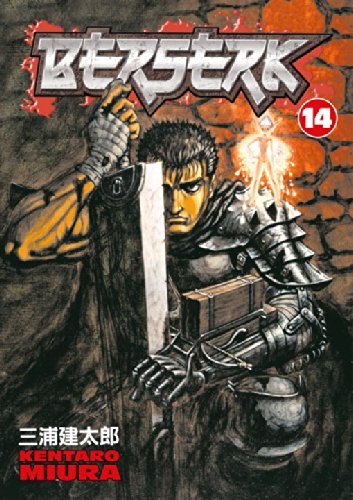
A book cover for Berserk, Vol. 14; Kentaro Miura; Comics & Graphic Novels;